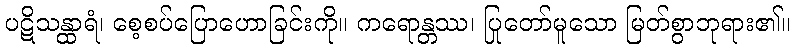
ပဋိသန္ထာရံ၊ စေ့စပ်ပြောဟောခြင်းကို။ ကရောန္တဿ၊ ပြုတော်မူသော မြတ်စွာဘုရား၏။